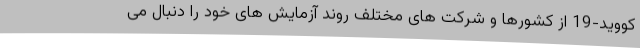
کووید-19 از کشورها و شرکت های مختلف روند آزمایش های خود را دنبال می